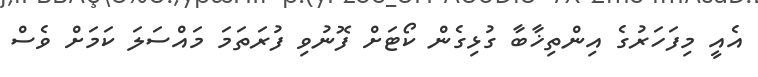
އެއީ މިފަހަރުގެ އިންތިޚާބާ ގުޅިގެން ކޯޓަށް ފޮނުވި ފުރަތަމަ މައްސަލަ ކަމަށް ވެސް